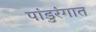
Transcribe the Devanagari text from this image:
पांडुरंगात